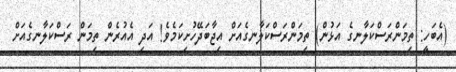
(އެބަހީ: ތިމަންރަސްކަލާނގެ އަޅުން) ތިމަންރަސްކަލާނގެއަށް އިޖާބަދޭހުށިކަމެވެ! އަދި އެއުރެން ތިމަން ރަސްކަލާނގެއަށް